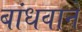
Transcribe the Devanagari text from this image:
बांधवाने